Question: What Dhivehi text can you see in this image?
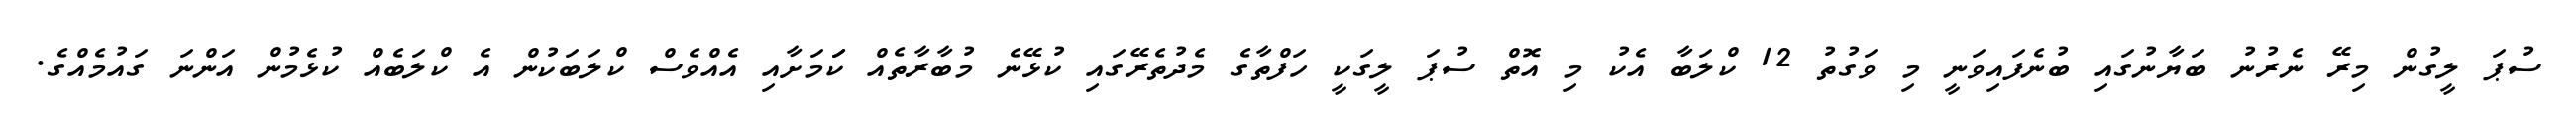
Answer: ސުޕަ ލީގުން މިރޭ ނެރުނު ބަޔާނުގައި ބުނެފައިވަނީ މި ވަގުތު 12 ކްލަބާ އެކު މި އޮތް ސުޕަ ލީގަކީ ހަފްތާގެ މެދުތެރޭގައި ކުޅޭނެ މުބާރާތެއް ކަަމަށާއި އެއްވެސް ކްލަބަކުން އެ ކްލަބެއް ކުޅެމުން އަންނަ ގައުމެއްގެ.